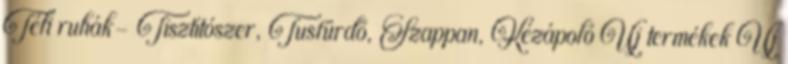
Téli ruhák- Tisztítószer, Tusfürdő, Szappan, Kézápoló Új termékek Új